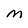
Character: M